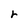
Character: r